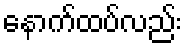
နောက်ထပ်လည်း